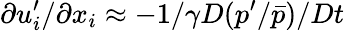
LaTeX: \partial u_{i}^{\prime}/\partial x_{i}\approx-1/\gamma D(p^{\prime}/\bar{p})/Dt